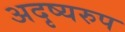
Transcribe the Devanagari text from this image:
अदृष्यरुप